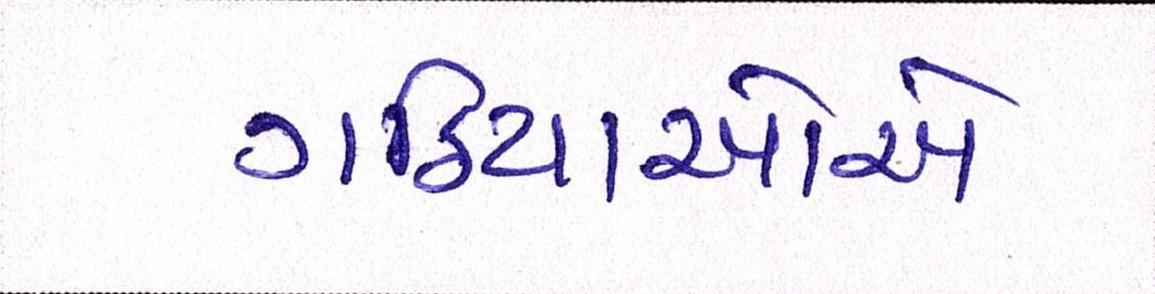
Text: ગઠિયાઓએ